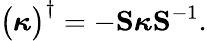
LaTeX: \big(\boldsymbol{\kappa}\big)^{\dagger}=-\mathbf{S}\boldsymbol{\kappa}\mathbf{S}^{-1}.